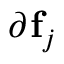
\partial ^ { \aa } \mathbf { f } _ { j }